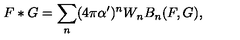
F * G = \sum _ { n } ( 4 \pi \alpha ^ { \prime } ) ^ { n } W _ { n } B _ { n } ( F , G ) ,